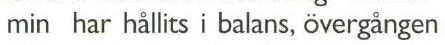
minhar hållits i balans, övergangen